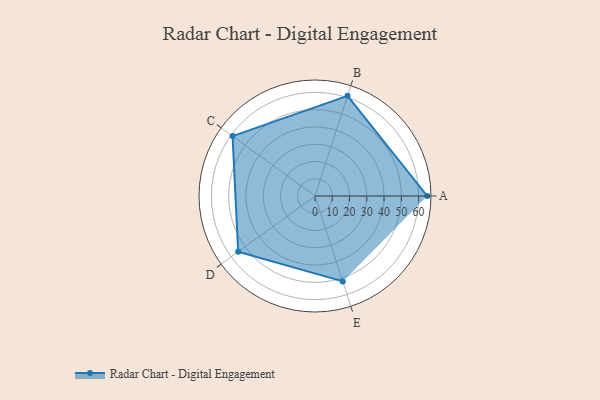
{"axis": {"x": "Skill", "y": "Score"}, "legend": ["Profile"], "data": [{"x": "A", "y": 65.0, "type": "Profile"}, {"x": "B", "y": 61.0, "type": "Profile"}, {"x": "C", "y": 59.0, "type": "Profile"}, {"x": "D", "y": 55.0, "type": "Profile"}, {"x": "E", "y": 52.0, "type": "Profile"}]}